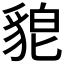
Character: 𮙪